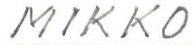
MIKKO